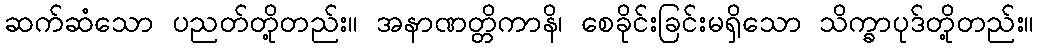
ဆက်ဆံသော ပညတ်တို့တည်း။ အနာဏတ္တိကာနိ၊ စေခိုင်းခြင်းမရှိသော သိက္ခာပုဒ်တို့တည်း။